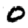
Digit: 0